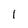
Character: 1